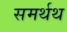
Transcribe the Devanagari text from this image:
समर्थथ